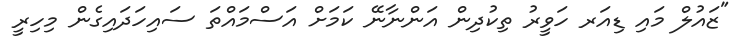
"ޒައުލް މައި ޑިއަރ ހަވީރު ތިކުދިން އަންނާނޭ ކަމަށް އަސްމައްތަ ސައިހަދައިގެން މިހިރީ